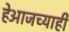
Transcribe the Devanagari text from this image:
हेआजच्याही